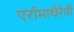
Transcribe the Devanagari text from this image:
एरॉमाथैरेपी